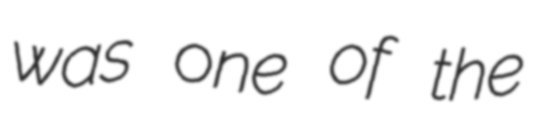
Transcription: was one of the